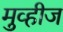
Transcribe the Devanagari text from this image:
मुव्हीज